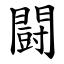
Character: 闘